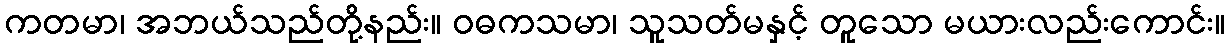
ကတမာ၊ အဘယ်သည်တို့နည်း။ ဝဓကသမာ၊ သူသတ်မနှင့် တူသော မယားလည်းကောင်း။